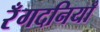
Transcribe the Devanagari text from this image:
रँगदनियाँ